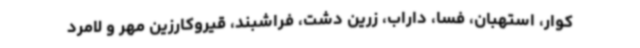
کوار، استهبان، فسا، داراب، زرین دشت، فراشبند، قیروکارزین مهر و لامرد